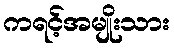
ကရင့်အမျိုးသား